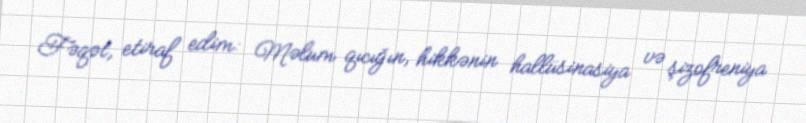
Fəqət, etiraf edim: Məlum qıcığın, hikkənin hallüsinasiya və şizofreniya